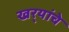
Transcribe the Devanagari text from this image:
खर्‍यांचे